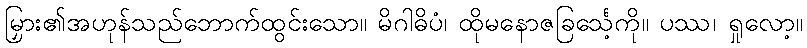
မြှား၏အဟုန်သည်ဘောက်ထွင်းသော။ မိဂါဓိပံ၊ ထိုမနောဇခြင်္သေ့ကို။ ပဿ၊ ရှုလော့။